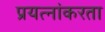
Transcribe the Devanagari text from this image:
प्रयत्नांकरता